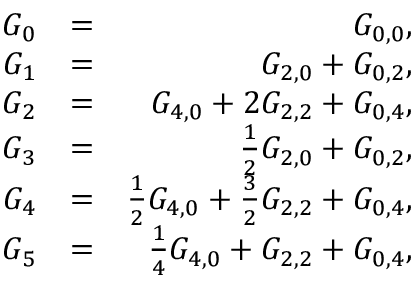
\begin{array} { r l r } { G _ { 0 } } & { = } & { G _ { 0 , 0 } , } \\ { G _ { 1 } } & { = } & { G _ { 2 , 0 } + G _ { 0 , 2 } , } \\ { G _ { 2 } } & { = } & { G _ { 4 , 0 } + 2 G _ { 2 , 2 } + G _ { 0 , 4 } , } \\ { G _ { 3 } } & { = } & { \frac { 1 } { 2 } G _ { 2 , 0 } + G _ { 0 , 2 } , } \\ { G _ { 4 } } & { = } & { \frac { 1 } { 2 } G _ { 4 , 0 } + \frac { 3 } { 2 } G _ { 2 , 2 } + G _ { 0 , 4 } , } \\ { G _ { 5 } } & { = } & { \frac { 1 } { 4 } G _ { 4 , 0 } + G _ { 2 , 2 } + G _ { 0 , 4 } , } \end{array}